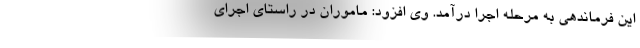
این فرماندهی به مرحله اجرا درآمد. وی افزود: ماموران در راستای اجرای